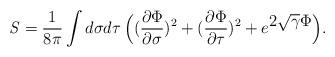
LaTeX: \begin{align*}{\it S}={1\over 8\pi } \int d\sigma d\tau\, \Bigl ( ({\partial \Phi\over \partial \sigma})^2+({\partial \Phi\over \partial \tau})^2+e^{\displaystyle 2\sqrt{\gamma} \Phi} \Bigr ).\end{align*}